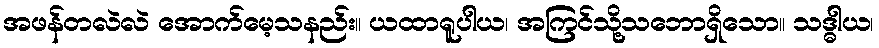
အဖန်တလဲလဲ အောက်မေ့သနည်း။ ယထာရူပါယ၊ အကြင်သို့သဘောရှိသော။ သဒ္ဓါယ၊